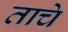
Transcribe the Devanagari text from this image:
ताचे